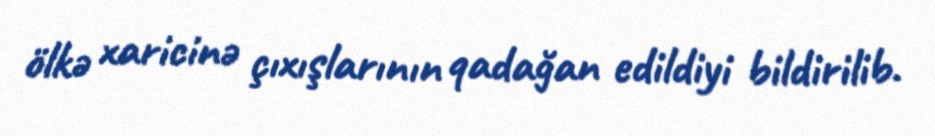
ölkə xaricinə çıxışlarının qadağan edildiyi bildirilib.